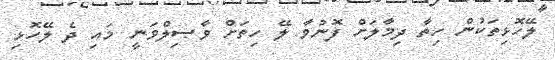
ލޭހޮޅިތަކުން ހިތާ ދިމާލަށް ފޮނުވާ ލޭ ހިތަށް ވާޞިލްވަނީ މައި ދެ ލޭހޮޅި